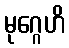
မုဂ္ဂေဟိ